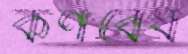
কর্ণবেধ